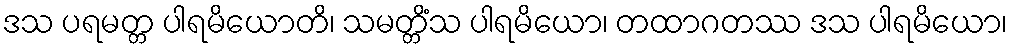
ဒသ ပရမတ္တ ပါရမိယောတိ၊ သမတ္တိံသ ပါရမိယော၊ တထာဂတဿ ဒသ ပါရမိယော၊